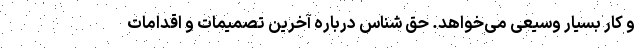
و کار بسیار وسیعی می‌خواهد. حق شناس درباره آخرین تصمیمات و اقدامات